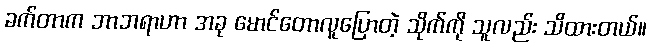
ခက်တာက ဘာဘရာဟာ အခု မောင်တောလူပြောတဲ့ သိုက်ကို သူလည်း သိထားတယ်။